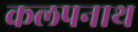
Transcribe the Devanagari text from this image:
कलपनाथ